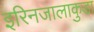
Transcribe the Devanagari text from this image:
इरिनजालाकुडा